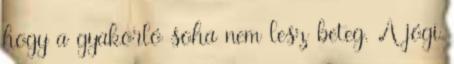
hogy a gyakorló soha nem lesz beteg. A jógi